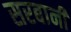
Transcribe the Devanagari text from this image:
सरबानी